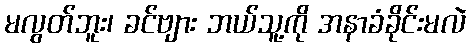
မလွတ်ဘူး၊ ခင်ဗျား ဘယ်သူ့ကို အနာခံခိုင်းမလဲ